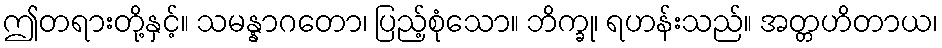
ဤတရားတို့နှင့်။ သမန္နာဂတော၊ ပြည့်စုံသော။ ဘိက္ခု၊ ရဟန်းသည်။ အတ္တဟိတာယ၊